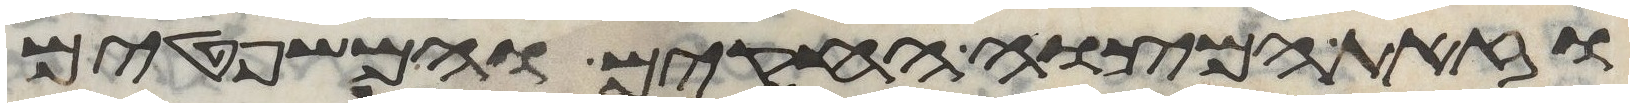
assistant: וזאת המצוה החקים והמשפטים